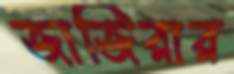
জাজিরার